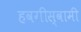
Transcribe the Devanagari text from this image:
हवगीस्वामी